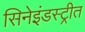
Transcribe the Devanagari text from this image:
सिनेइंडस्ट्रीत